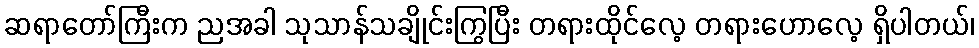
ဆရာတော်ကြီးက ညအခါ သုသာန်သချိုင်းကြွပြီး တရားထိုင်လေ့ တရားဟောလေ့ ရှိပါတယ်၊